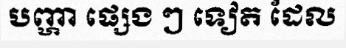
បញ្ហា ផ្សេង ៗ ទៀត ដែល